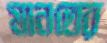
মানতের